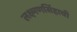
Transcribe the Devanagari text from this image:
लक्ष्मणसिंहाची